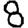
Digit: 8